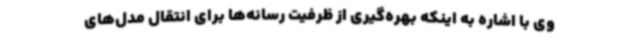
وی با اشاره به اینکه بهر‌ه‌گیری از ظرفیت رسانه‌ها برای انتقال مدل‌های